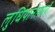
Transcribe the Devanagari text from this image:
लुधियानामार्गे